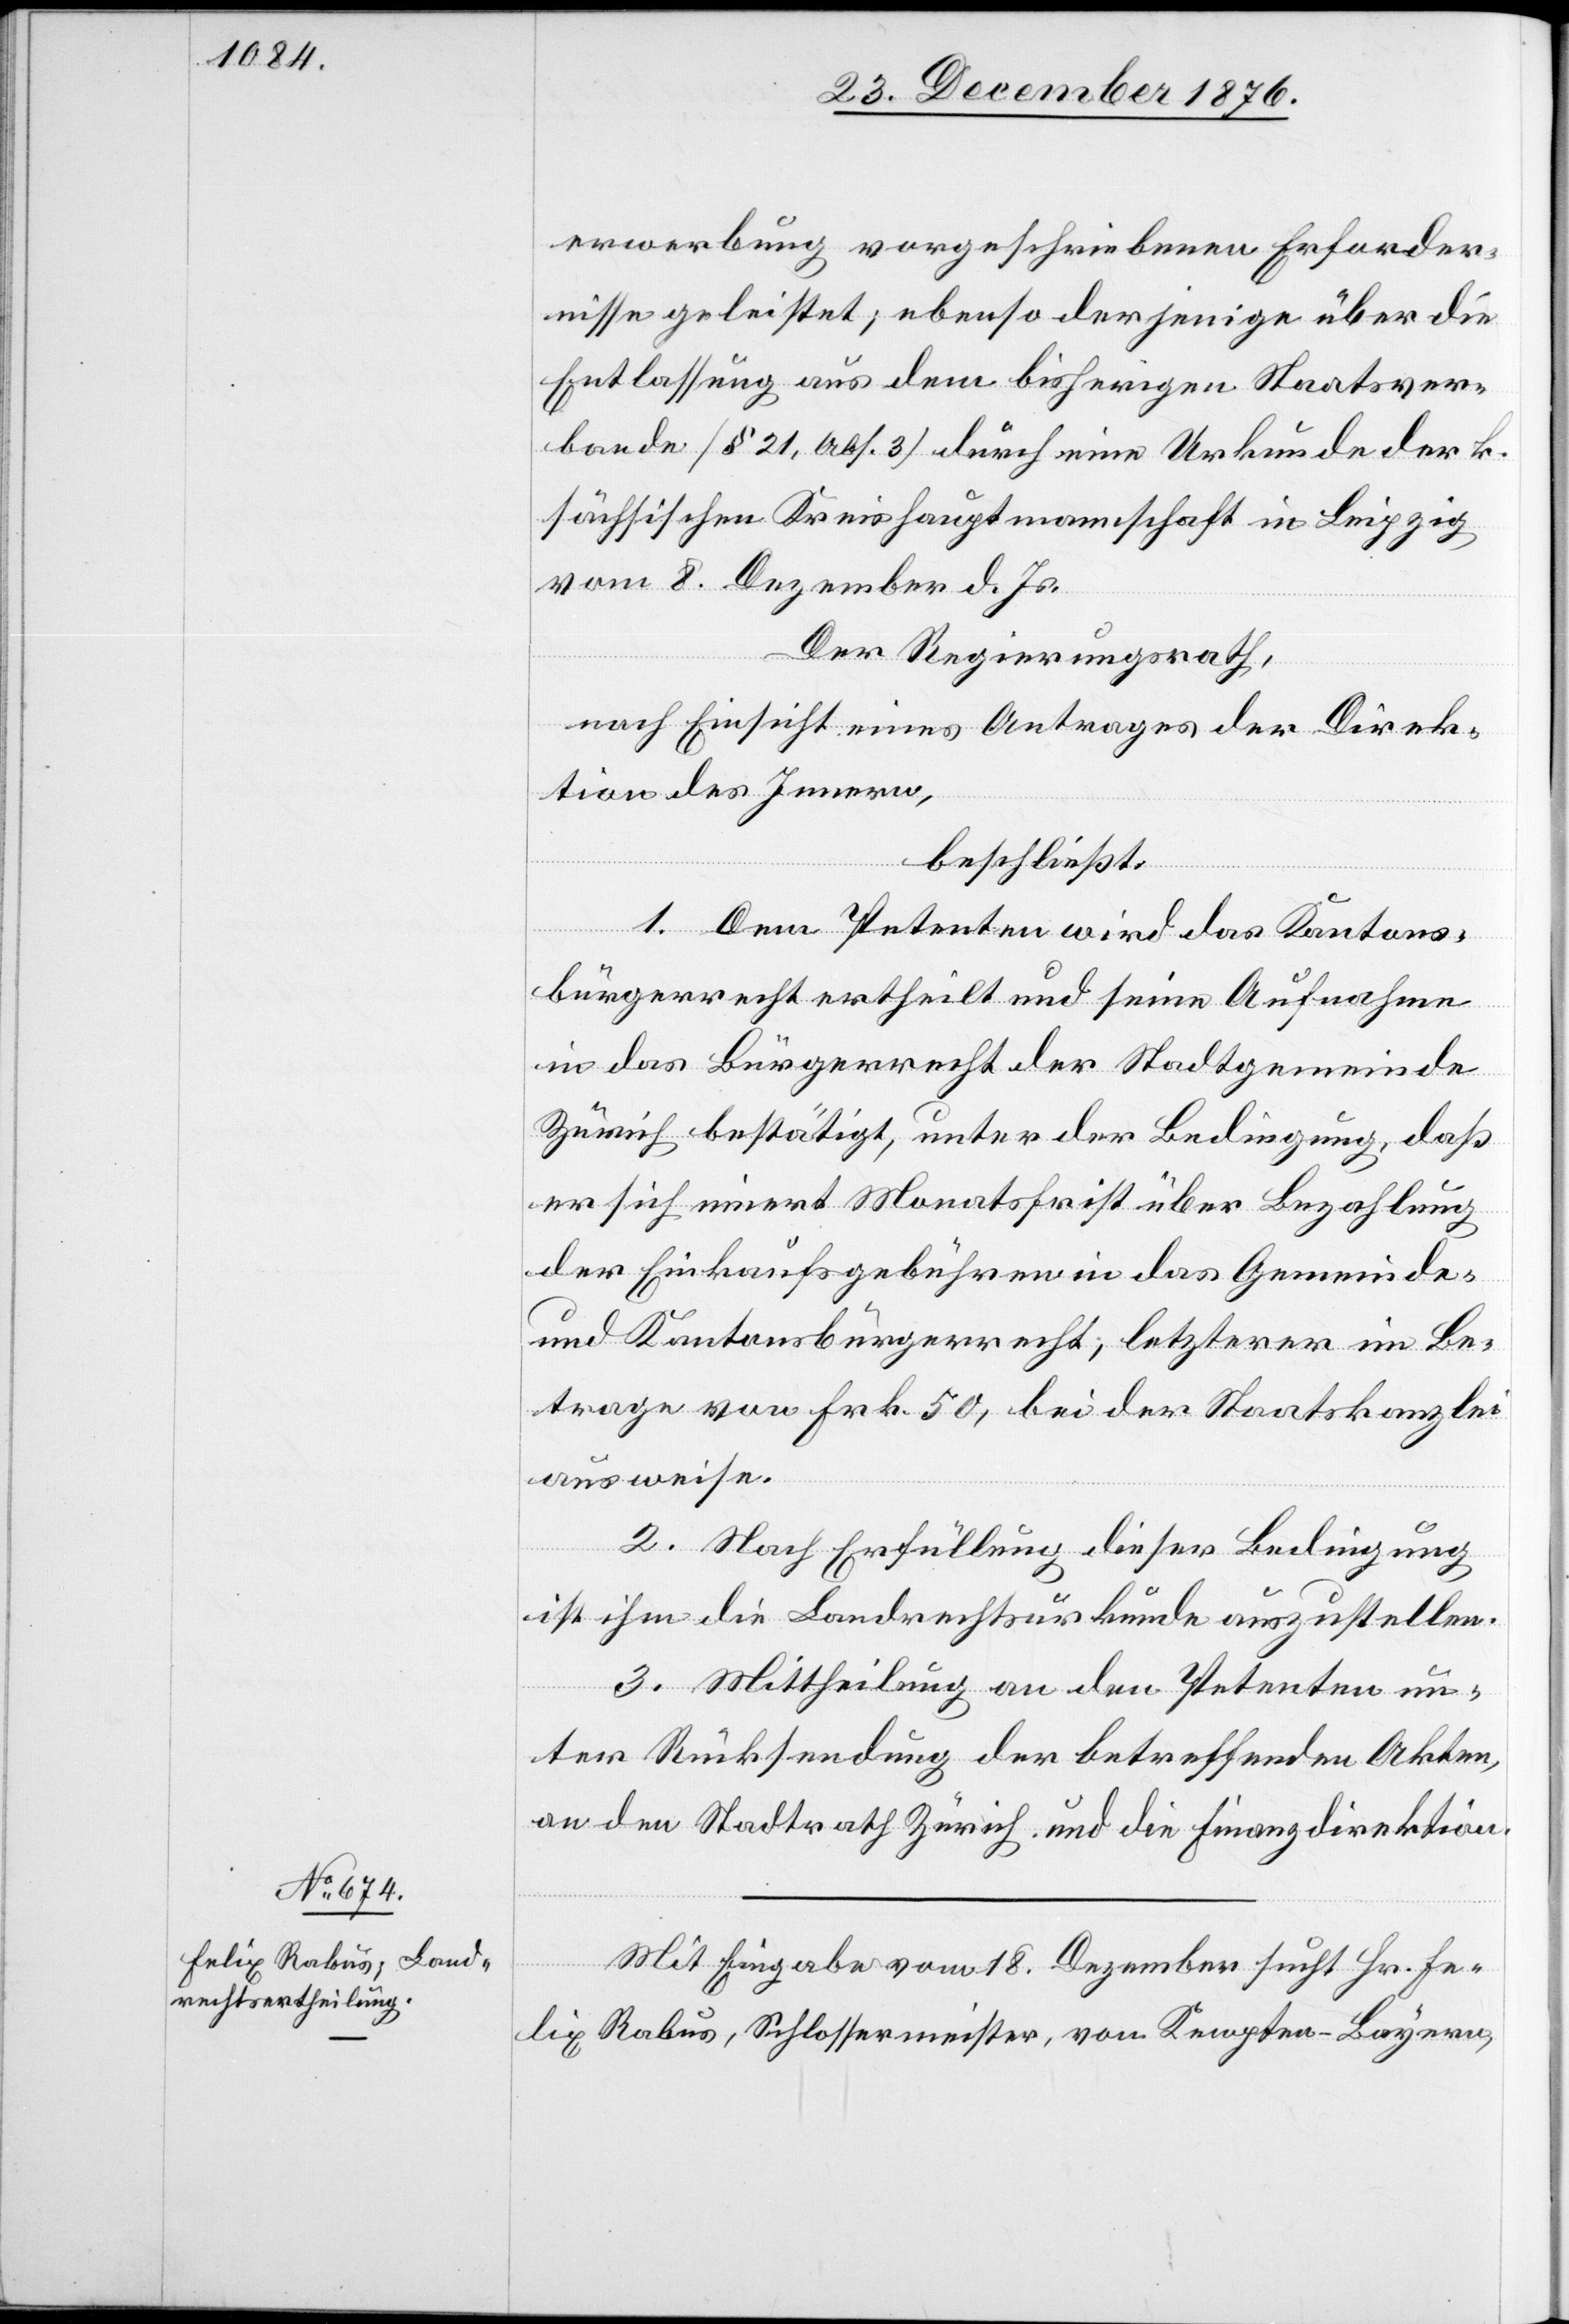
Mit Eingabe vom 18. Dezember sucht Hr. Fe¬
lix Rabus, Schlossermeister, von Kempten - Bayern,